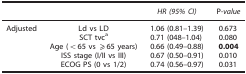
<table><thead><tr><td><b> </b></td><td><b> </b></td><td><b><i>HR (95% CI)</i></b></td><td><b>P<i>-value</i></b></td></tr></thead><tbody><tr><td>Adjusted</td><td>Ld vs LD</td><td>1.06 (0.81–1.39)</td><td>0.673</td></tr><tr><td> </td><td>SCT tvca</td><td>0.71 (048–1.04)</td><td>0.080</td></tr><tr><td> </td><td>Age (&lt;65 vs ⩾65 years)</td><td>0.66 (0.49–0.88)</td><td><b>0.004</b></td></tr><tr><td> </td><td>ISS stage (I/II vs III)</td><td>0.67 (0.50–0.91)</td><td>0.010</td></tr><tr><td> </td><td>ECOG PS (0 vs 1/2)</td><td>0.74 (0.56–0.97)</td><td>0.031</td></tr></tbody></table>